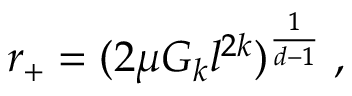
r _ { + } = ( 2 \mu G _ { k } l ^ { 2 k } ) ^ { \frac { 1 } { d - 1 } } \; ,